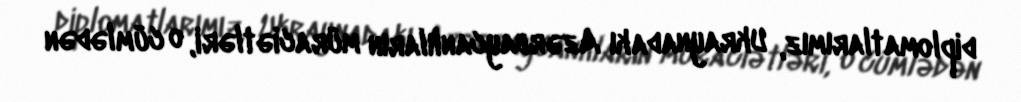
diplomatlarımız, Ukraynadakı Azərbaycanlıların müraciətləri, o cümlədən